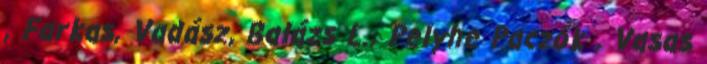
, Farkas, Vadász, Balázs L., Pelyhe Paczók , Vasas